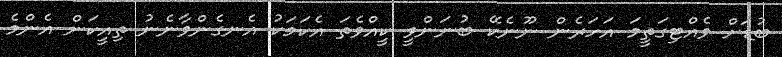
ބުޑަށް ވެއްޓިގަތީމަ އަހަރެން ނޫނެކޭ ބުނަންވީ ކީއްވެތަ އެކަމަކު އެނގެންވާނެނު ތިއީކަން އެންމެ